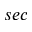
s e c